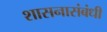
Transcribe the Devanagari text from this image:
शासनासंबंधी